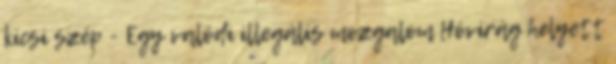
kicsi szép - Egy valódi illegális mozgalom Hóvirág helyett